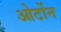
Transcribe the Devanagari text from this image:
ओर्टोन